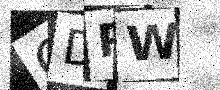
Text: GDPW